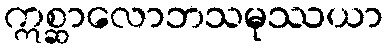
ဣစ္ဆာလောဘသမုဿယာ